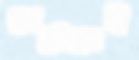
বোর্নোতেই